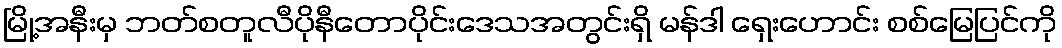
မြို့အနီးမှ ဘတ်စတူလီပိုနီတောပိုင်းဒေသအတွင်းရှိ မန်ဒါ ရှေးဟောင်း စစ်မြေပြင်ကို